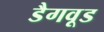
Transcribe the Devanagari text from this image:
डैगवूड